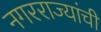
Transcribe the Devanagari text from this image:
नगरराज्यांची